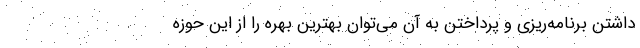
داشتن برنامه‌ریزی و پرداختن به آن می‌توان بهترین بهره را از این حوزه